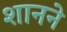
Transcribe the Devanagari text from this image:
शानने